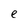
Character: e